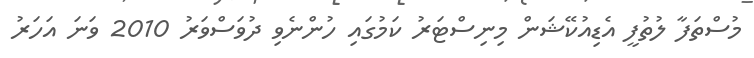
މުސްތަފާ ލުތުފީ އެޑިއުކޭޝަން މިނިސްޓަރު ކަމުގައި ހުންނެވި ދުވަސްވަރު 2010 ވަނަ އަހަރު